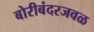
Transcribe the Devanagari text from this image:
बोरीबंदरजवळ